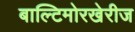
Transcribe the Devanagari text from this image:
बाल्टिमोरखेरीज